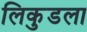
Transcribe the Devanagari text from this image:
लिकुडला